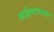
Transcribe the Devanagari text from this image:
आईबापांवर